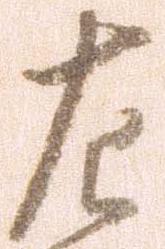
左